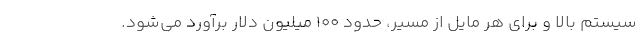
سیستم بالا و برای هر مایل از مسیر، حدود ۱۰۰ میلیون دلار برآورد می‌شود.